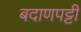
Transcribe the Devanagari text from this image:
बदाणपट्टी